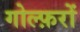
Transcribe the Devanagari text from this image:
गोल्फ़रों